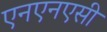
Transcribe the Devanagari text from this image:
एनएनएसी